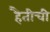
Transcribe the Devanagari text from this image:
हैतीची